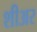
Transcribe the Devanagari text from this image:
शीअर